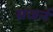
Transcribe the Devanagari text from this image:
सजर्न